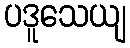
ပဒူသေယျ